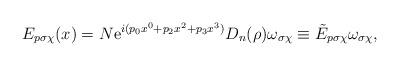
LaTeX: \begin{align*}E_{p\sigma\chi}(x) = N {\rm e}^{i (p_0x^0 + p_2x^2 + p_3x^3)} D_n(\rho) \omega_{\sigma\chi} \equiv \tilde{E}_{p\sigma\chi} \omega_{\sigma\chi},\end{align*}